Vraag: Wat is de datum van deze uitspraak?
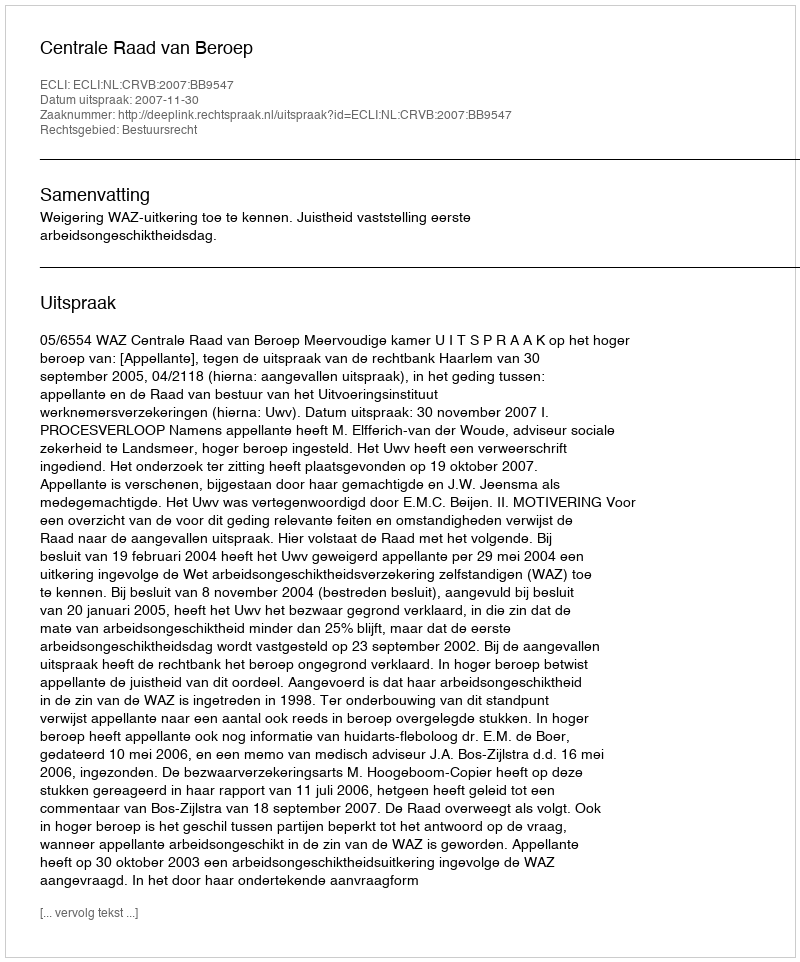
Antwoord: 2007-11-30